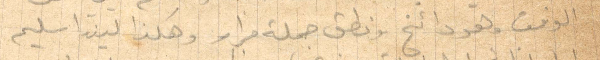
الوقت وهو دائخ ونطق جملة فرار وهكذا ليندا سليم